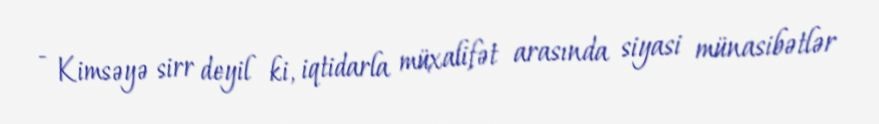
- Kimsəyə sirr deyil ki, iqtidarla müxalifət arasında siyasi münasibətlər